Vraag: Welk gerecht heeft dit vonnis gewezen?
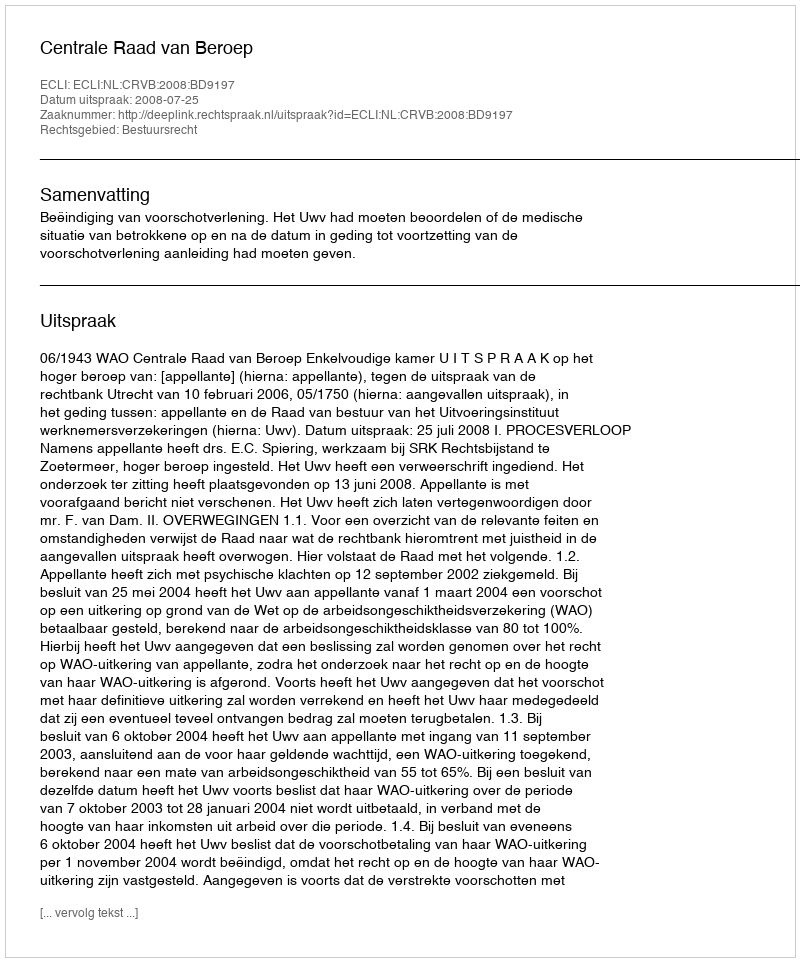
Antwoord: Centrale Raad van Beroep